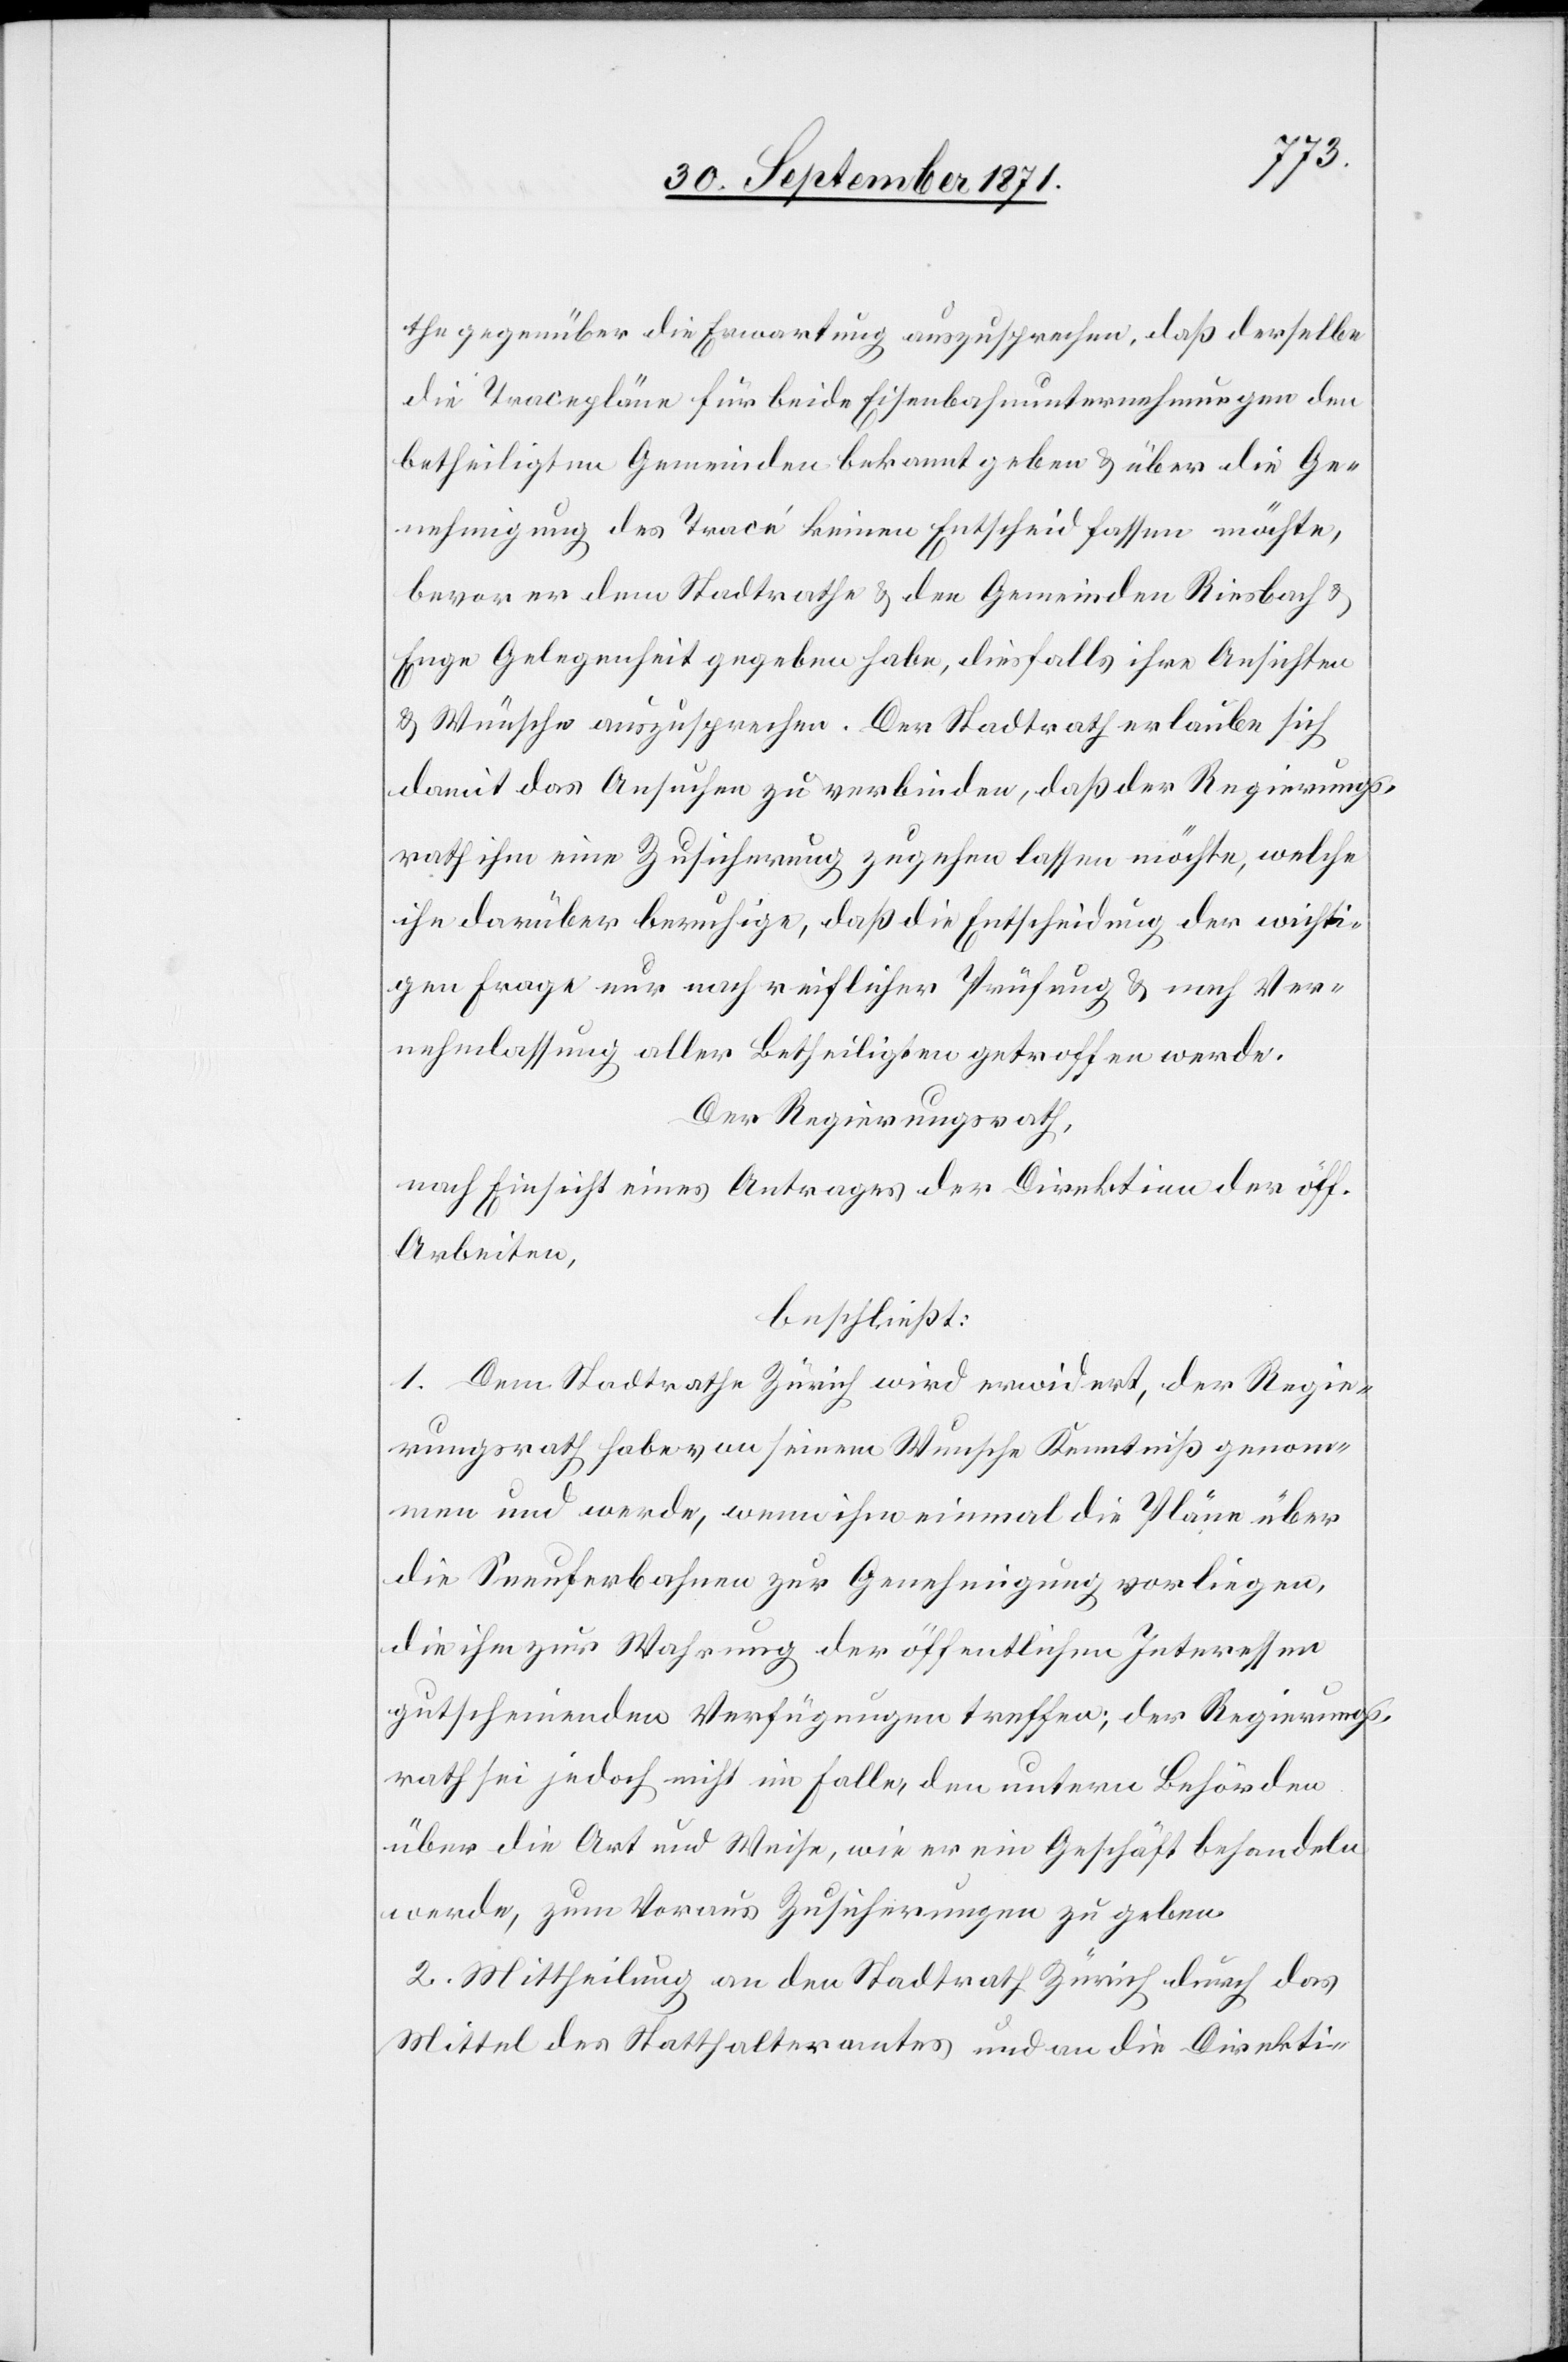
the gegenüber die Erwartung auszusprechen, daß derselbe
die Tracepläne für beide Eisenbahnunternehmungen den
betheiligten Gemeinden bekanntgeben & über die Ge¬
nehmigung der Tracé keinen Entscheid fassen möchte,
bevor er dem Stadtrathe & den Gemeinden Riesbach &
Enge Gelegenheit gegeben habe, diesfalls ihre Ansichten
& Wünsche auszusprechen. Der Stadtrath erlaube sich
damit das Ansuchen zu verbinden, daß der Regierungs¬
rath ihm eine Zustimmung zugehen lassen möchte, welche
ihn darüber beruhige, daß die Entscheidung der wichti¬
gen Frage nur nach reichlicher Prüfung & nach Ver¬
nehmlassung aller Betheiligten getroffen werde.
Der Regierungsrath,
nach Einsicht eines Antrages der Direktion der öff.
Arbeiten,
beschließt:
1. Dem Stadtrathe Zürich wird erwidert, der Regie¬
rungsrath habe von seinem Wunsche Kenntniß genom¬
men und werde, wenn ihr einmal die Pläne über
die Seeuferbahn zur Genehmigung vorliegen,
die ihm zur Wahrung der öffentlichen Interessen
gutscheinenden Verfügungen treffen; der Regierungs¬
rath sei jedoch nicht im Falle, den untern Behörden
über die Art und Weise, wie er ein Geschäft behandeln
werde, zum Voraus Zusicherungen zu geben.
2. Mittheilung an den Stadtrath Zürich durch das
Mittel des Statthalteramtes und an die Direktion